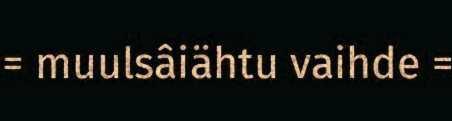
= muulsâiähtu vaihde =